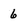
Character: 6